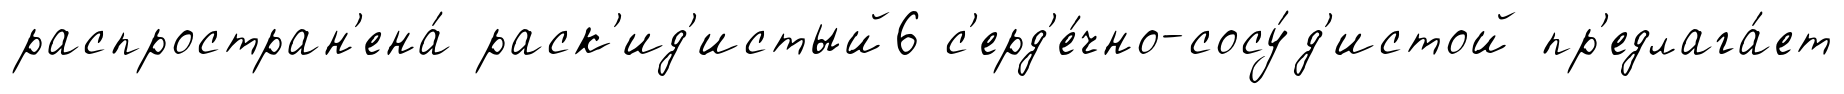
распростран'ена́ раск'ид'истый6 с'ерд'е́чно-сосу́д'истой пр'едлага́ет